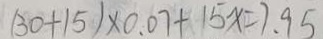
( 3 0 + 1 5 ) \times 0 . 0 7 + 1 5 x = 7 . 9 5